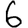
Digit: 6